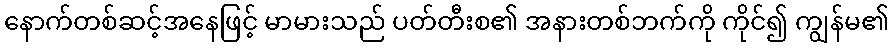
နောက်တစ်ဆင့်အနေဖြင့် မာမားသည် ပတ်တီးစ၏ အနားတစ်ဘက်ကို ကိုင်၍ ကျွန်မ၏